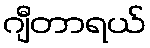
ဂျီတာရယ်